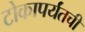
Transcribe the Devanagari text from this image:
टोकापर्यंतची